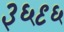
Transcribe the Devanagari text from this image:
३६९६